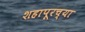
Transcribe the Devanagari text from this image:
शहापूरच्या